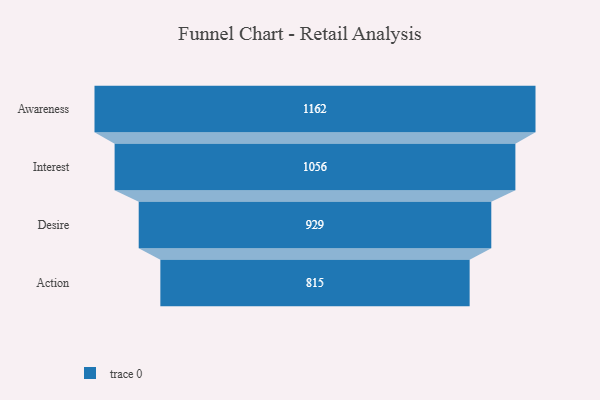
{"axis": {"x": "Stage", "y": "Value"}, "legend": [""], "data": [{"x": "Awareness", "y": 1162.0, "type": ""}, {"x": "Interest", "y": 1056.0, "type": ""}, {"x": "Desire", "y": 929.0, "type": ""}, {"x": "Action", "y": 815.0, "type": ""}]}